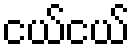
ငယ်ငယ်